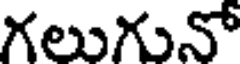
గలుగునో